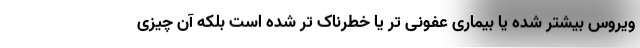
ویروس بیشتر شده یا بیماری عفونی تر یا خطرناک تر شده است بلکه آن چیزی